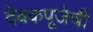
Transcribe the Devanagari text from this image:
देवकपूजेची